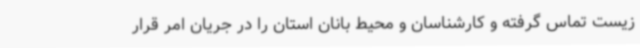
زیست تماس گرفته و کارشناسان و محیط بانان استان را در جریان امر قرار